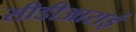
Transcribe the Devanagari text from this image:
सीडीआराई